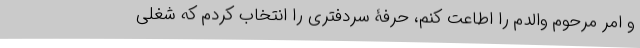
و امر مرحوم والدم را اطاعت کنم، حرفۀ سردفتری را انتخاب کردم که شغلی